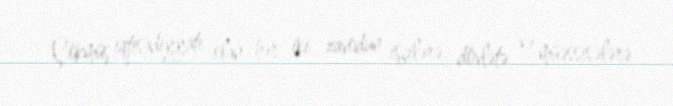
Çökmüş iqtisadiyyatı olan hər iki zavodun işçilərə, dövlətə və müəssisələrə